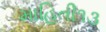
માહિતી૧૩